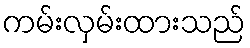
ကမ်းလှမ်းထားသည်